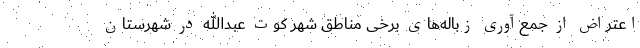
اعتراض از جمع‌آوری زباله‌های برخی مناطق شهر کوت عبدالله در شهرستان